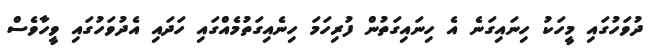
ދުވަހުގައި މީހަކު ހިނައިގަނެ އެ ހިނައިގަތުން ފުރިހަމަ ހިނެއިގަތުމެއްގައި ހަދައި އެދުވަހުގައި ވީހާވެސް